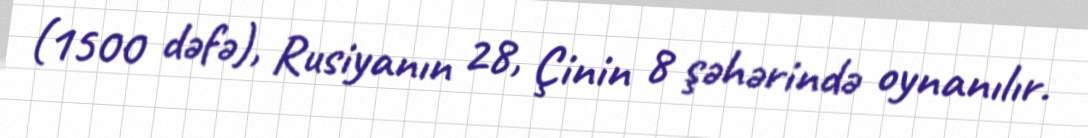
(1500 dəfə), Rusiyanın 28, Çinin 8 şəhərində oynanılır.